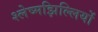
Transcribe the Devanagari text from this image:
श्लेष्मझिल्लियों